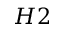
H 2